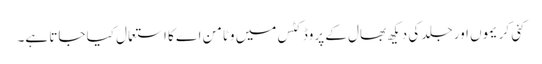
کئی کریموں اور جلد کی دیکھ بھال کے پروڈکٹس میں وٹامن اے کا استعمال کیا جاتا ہے۔